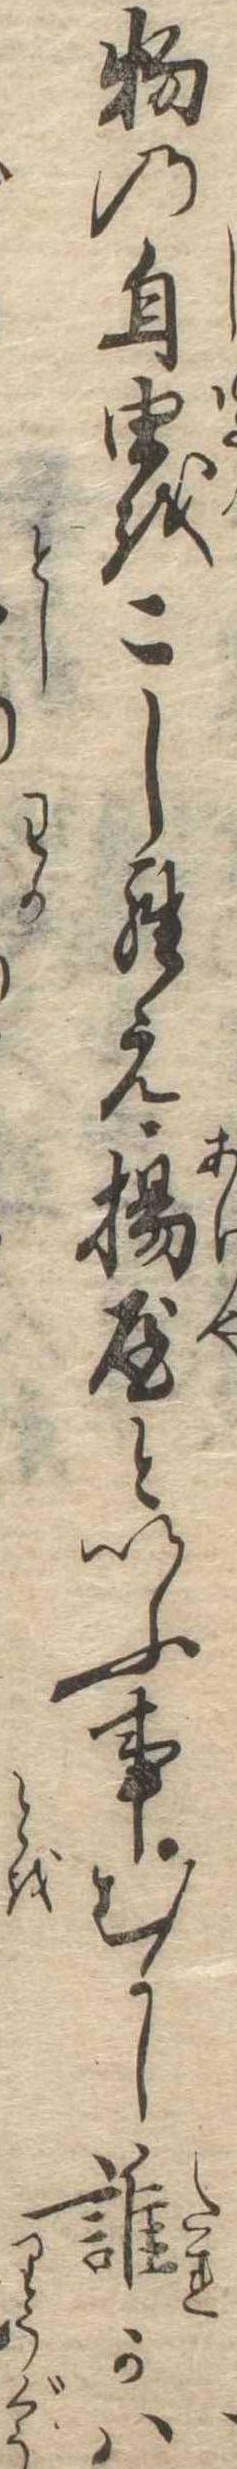
物の自由をこしらえ揚屋といふ事むかし誰かは